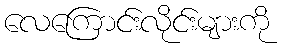
လေကြောင်းလိုင်းများကို